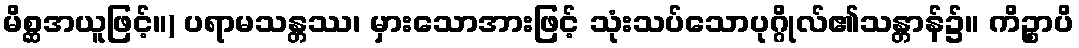
မိစ္ဆအယူဖြင့်။) ပရာမသန္တဿ၊ မှားသောအားဖြင့် သုံးသပ်သောပုဂ္ဂိုလ်၏သန္တာန်၌။ ကိဉ္စာပိ